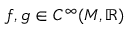
f , g \in C ^ { \infty } ( M , \mathbb { R } )